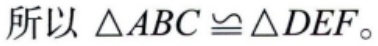
所以 \(\triangle ABC\cong\triangle DEF\)。